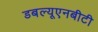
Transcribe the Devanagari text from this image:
डबल्यूएनबीटी